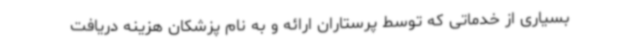
بسیاری از خدماتی که توسط پرستاران ارائه و به نام پزشکان هزینه دریافت